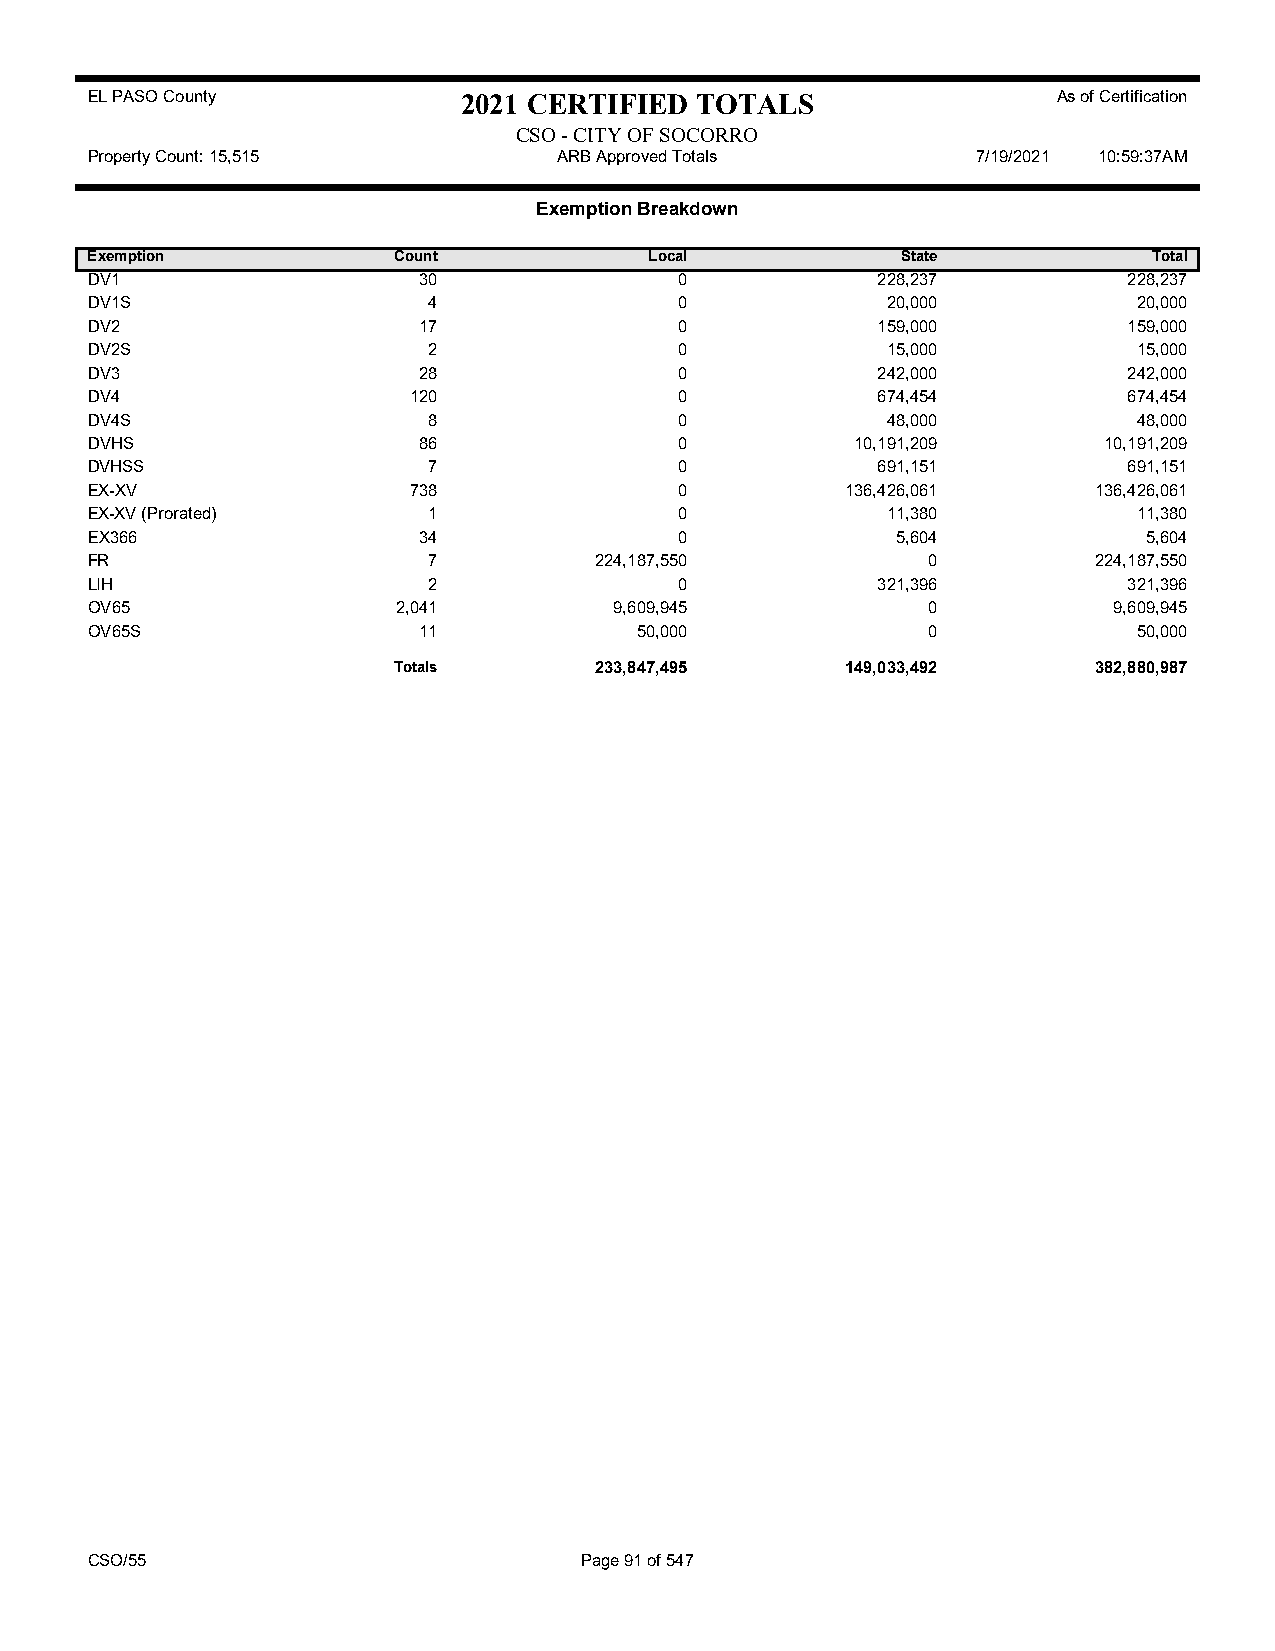
EL PASO County           2021 CERTIFIED TOTALS                  As of Certification
 CSO - CITY OF SOCORRO
 Property Count: 15,515         ARB Approved Totals         7/19/2021 10:59:37AM
 Exemption Breakdown
 Exemption           Count            Local            State           Total
 DV1                   30               0            228,237          228,237
 DV1S                  4                0             20,000          20,000
 DV2                   17               0            159,000          159,000
 DV2S                  2                0             15,000          15,000
 DV3                   28               0            242,000          242,000
 DV4                  120               0            674,454          674,454
 DV4S                  8                0             48,000          48,000
 DVHS                  86               0           10,191,209      10,191,209
 DVHSS                 7                0            691,151          691,151
 EX-XV                738               0          136,426,061     136,426,061
 EX-XV (Prorated)      1                0             11,380          11,380
 EX366                 34               0             5,604            5,604
 FR                    7          224,187,550           0          224,187,550
 LIH                   2                0            321,396          321,396
 OV65                2,041          9,609,945           0            9,609,945
 OV65S                 11            50,000             0             50,000
 Totals       233,847,495      149,033,492     382,880,987
 CSO/55                          Page 91 of 547